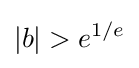
|b|>e^{1/e}